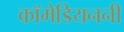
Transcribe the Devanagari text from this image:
कॉमेडियननी